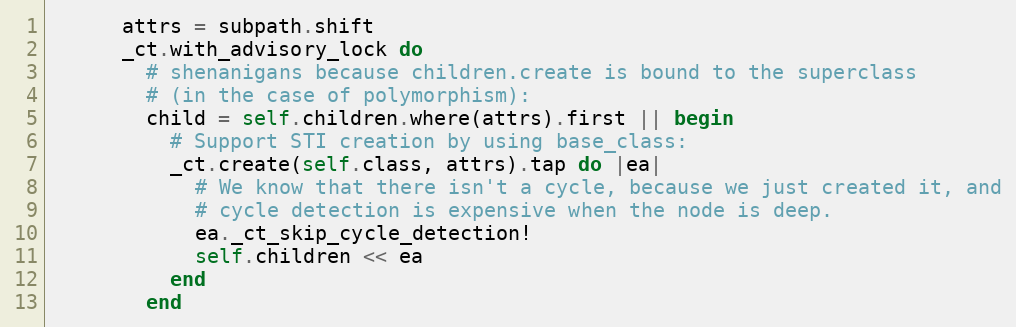
Language: Ruby
      attrs = subpath.shift
      _ct.with_advisory_lock do
        # shenanigans because children.create is bound to the superclass
        # (in the case of polymorphism):
        child = self.children.where(attrs).first || begin
          # Support STI creation by using base_class:
          _ct.create(self.class, attrs).tap do |ea|
            # We know that there isn't a cycle, because we just created it, and
            # cycle detection is expensive when the node is deep.
            ea._ct_skip_cycle_detection!
            self.children << ea
          end
        end